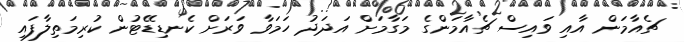
ޗެއާމަން އާއި ވައިސް ޗެއާމަންގެ މަގާމަށް އަދަދު ހަމަވާ ވަރަށް ކެނޑިޑޭޓުން ކުރިމަތިލާފައި